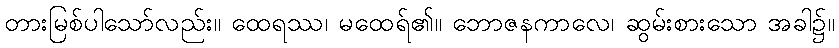
တားမြစ်ပါသော်လည်း။ ထေရဿ၊ မထေရ်၏။ ဘောဇနကာလေ၊ ဆွမ်းစားသော အခါ၌။